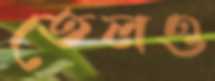
তেলও